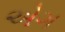
એગ